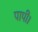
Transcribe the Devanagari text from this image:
पापी।